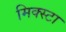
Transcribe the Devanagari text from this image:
मिक्स्टा